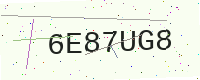
Text: 6E87UG8